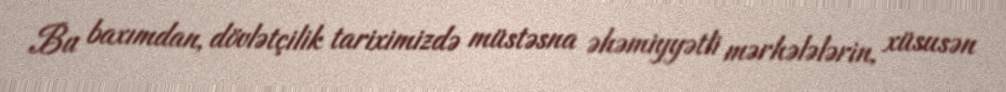
Bu baxımdan, dövlətçilik tariximizdə müstəsna əhəmiyyətli mərhələlərin, xüsusən